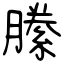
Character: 縢